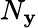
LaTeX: N_{\mathbf{y}}